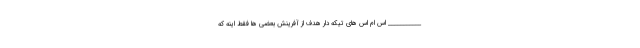
___________ اس ام اس های تیکه دار هدف از آفرینش بعضی ها فقط اینه که